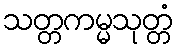
သတ္တကမ္မသုတ္တံ